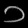
Digit: ၁